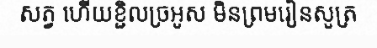
សត្វ ហើយខ្ជិលច្រអូស មិនព្រមរៀនសូត្រ